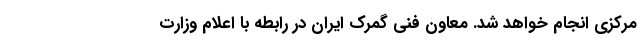
مرکزی انجام خواهد شد. معاون فنی گمرک ایران در رابطه با اعلام وزارت